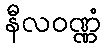
နီလဝဏ္ဏံ